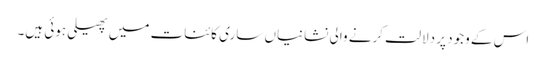
اس کے وجود پر دلالت کرنے والی نشانیاں ساری کائنات میں پھیلی ہوئی ہیں۔